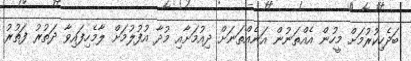
ބަދެހިކުރުމަށް މީހުން އެއްތަނުން އަނެއްތަނަށް ދިއުމަށާއި މުދާ އުފުލުމަށް ލާމެހިފައިވާ ދަތުރު ފަތުރު